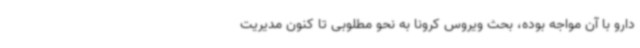
دارو با آن مواجه بوده، بحث ویروس کرونا به نحو مطلوبی تا کنون مدیریت